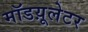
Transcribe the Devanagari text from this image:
मॉडय़ूलेटर